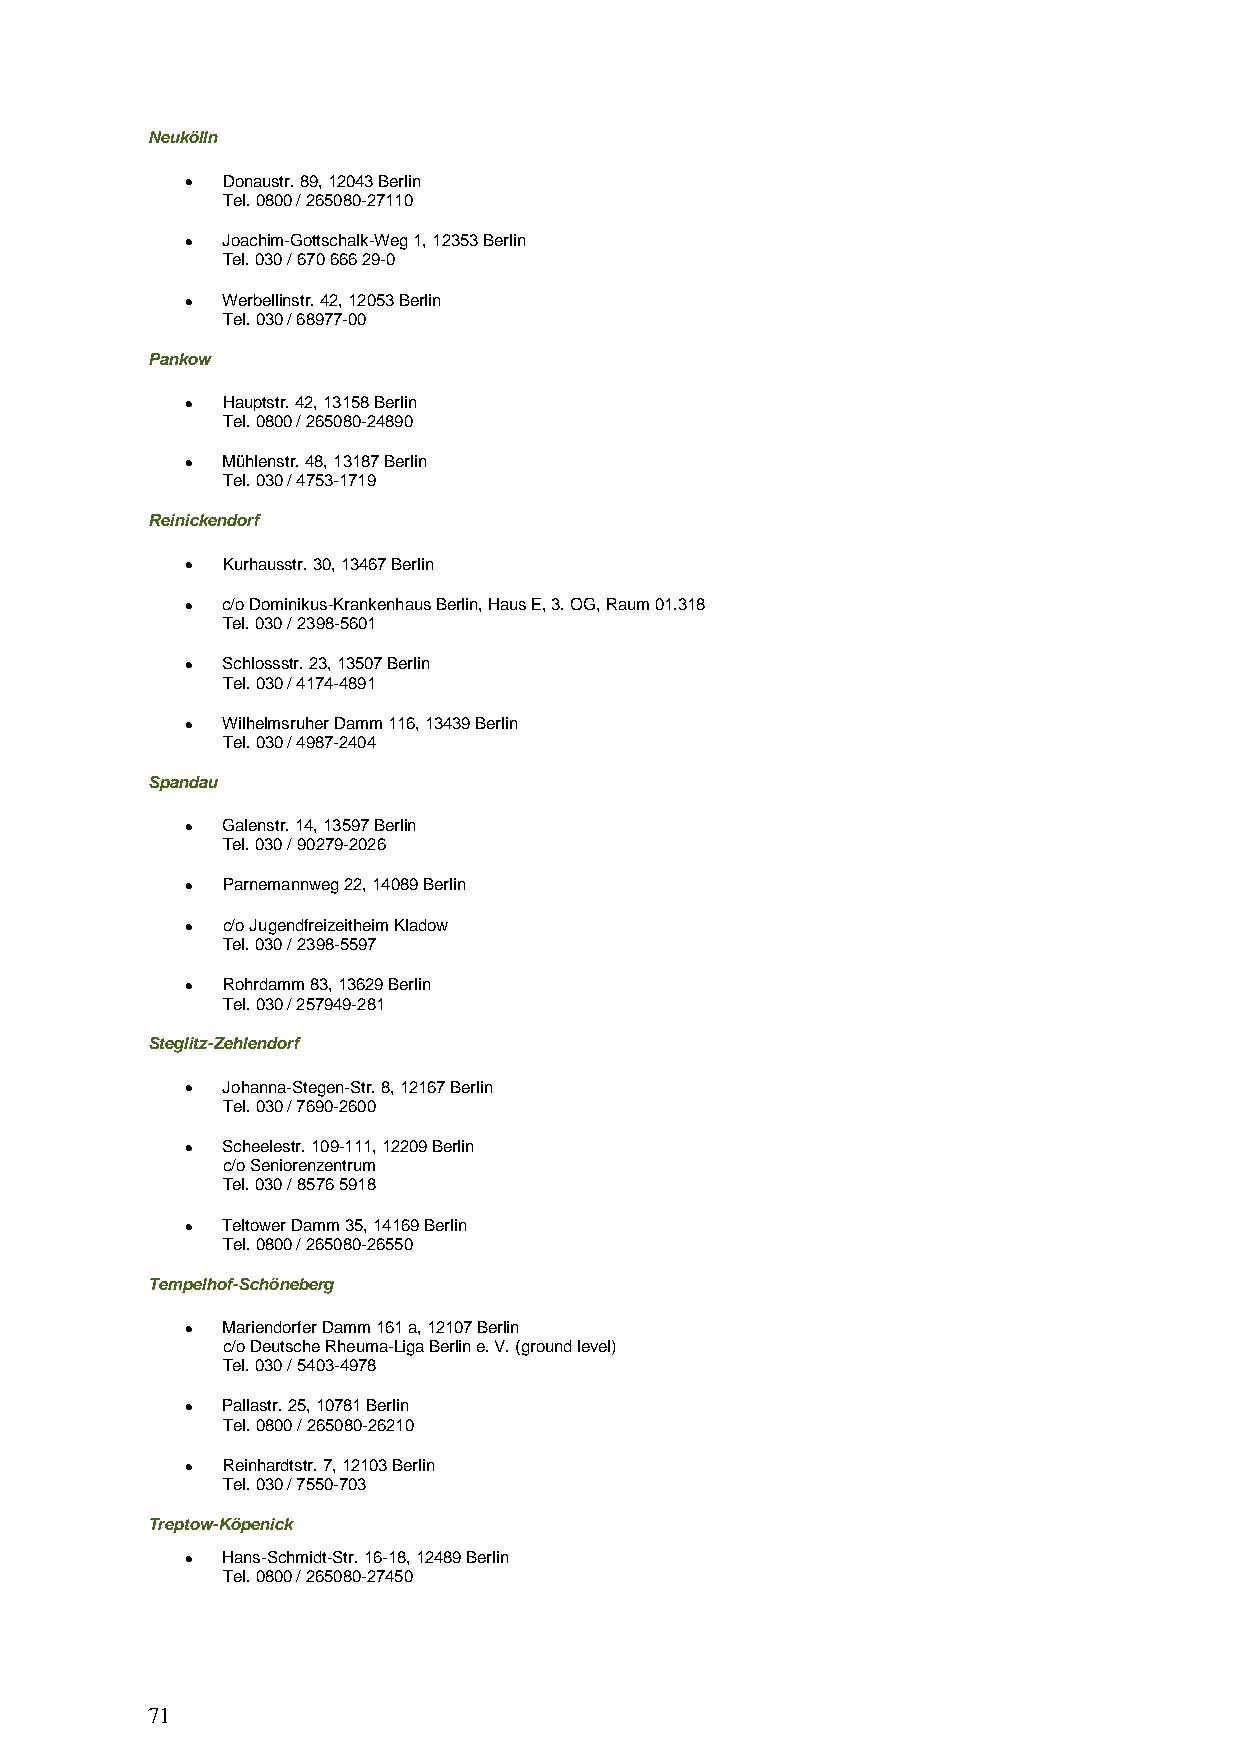
Neukölln
 •  Donaustr. 89, 12043 Berlin
 Tel. 0800 / 265080-27110
 •  Joachim-Gottschalk-Weg 1, 12353 Berlin
 Tel. 030 / 670 666 29-0
 •  Werbellinstr. 42, 12053 Berlin
 Tel. 030 / 68977-00
 Pankow
 •  Hauptstr. 42, 13158 Berlin
 Tel. 0800 / 265080-24890
 •  Mühlenstr. 48, 13187 Berlin
 Tel. 030 / 4753-1719
 Reinickendorf
 •  Kurhausstr. 30, 13467 Berlin
 •  c/o Dominikus-Krankenhaus Berlin, Haus E, 3. OG, Raum 01.318
 Tel. 030 / 2398-5601
 •  Schlossstr. 23, 13507 Berlin
 Tel. 030 / 4174-4891
 •  Wilhelmsruher Damm 116, 13439 Berlin
 Tel. 030 / 4987-2404
 Spandau
 •  Galenstr. 14, 13597 Berlin
 Tel. 030 / 90279-2026
 •  Parnemannweg 22, 14089 Berlin
 •  c/o Jugendfreizeitheim Kladow
 Tel. 030 / 2398-5597
 •  Rohrdamm 83, 13629 Berlin
 Tel. 030 / 257949-281
 Steglitz-Zehlendorf
 •  Johanna-Stegen-Str. 8, 12167 Berlin
 Tel. 030 / 7690-2600
 •  Scheelestr. 109-111, 12209 Berlin
 c/o Seniorenzentrum
 Tel. 030 / 8576 5918
 •  Teltower Damm 35, 14169 Berlin
 Tel. 0800 / 265080-26550
 Tempelhof-Schöneberg
 •  Mariendorfer Damm 161 a, 12107 Berlin
 c/o Deutsche Rheuma-Liga Berlin e. V. (ground level)
 Tel. 030 / 5403-4978
 •  Pallastr. 25, 10781 Berlin
 Tel. 0800 / 265080-26210
 •  Reinhardtstr. 7, 12103 Berlin
 Tel. 030 / 7550-703
 Treptow-Köpenick
 •  Hans-Schmidt-Str. 16-18, 12489 Berlin
 Tel. 0800 / 265080-27450
 71